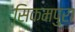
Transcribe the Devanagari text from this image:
सिकमपुरा